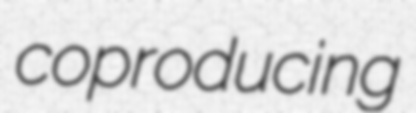
coproducing